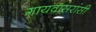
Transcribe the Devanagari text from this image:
गायवासरांसी